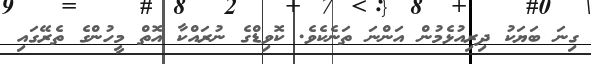
ގިނަ ބަޔަކު ދިރިއުޅެމުން އަންނަ ތަނެކެވެ. ކޮވިޑްގެ ނުރައްކާ އޮތް މީހުންގެ ތެރޭގައި